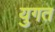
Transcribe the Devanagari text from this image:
युगत